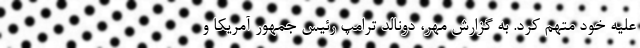
علیه خود متهم کرد. به گزارش مهر، دونالد ترامپ رئیس جمهور آمریکا و